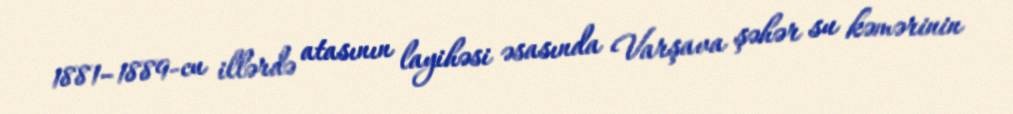
1881–1889-cu illərdə atasının layihəsi əsasında Varşava şəhər su kəmərinin